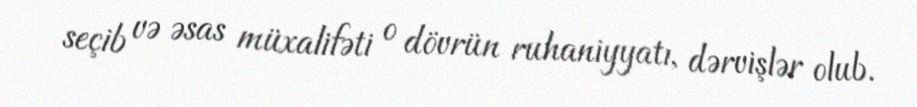
seçib və əsas müxalifəti o dövrün ruhaniyyatı, dərvişlər olub.